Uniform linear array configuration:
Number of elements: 8
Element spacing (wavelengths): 0.25
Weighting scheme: exponential
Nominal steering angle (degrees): -45
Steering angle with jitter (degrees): -46.928
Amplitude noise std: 0.05
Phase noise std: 0.05

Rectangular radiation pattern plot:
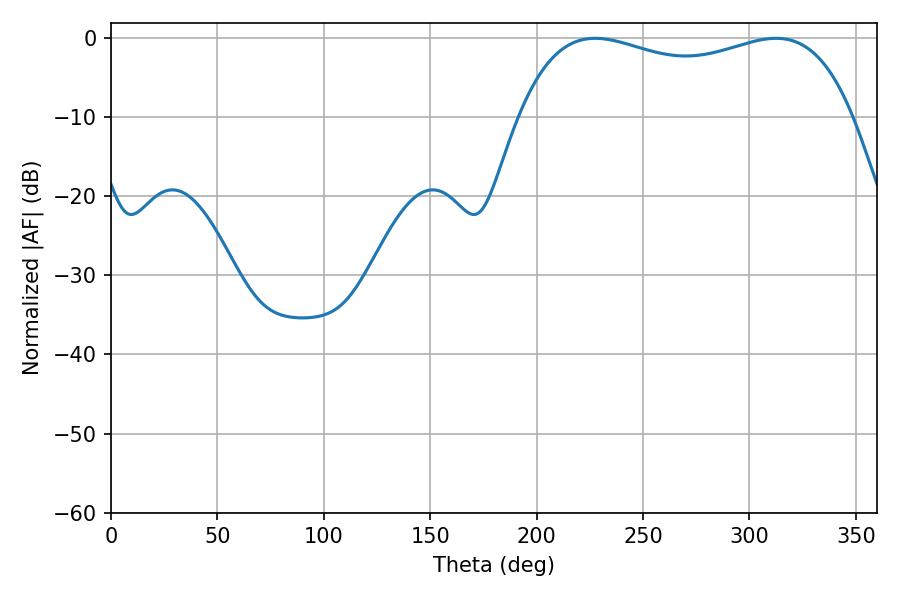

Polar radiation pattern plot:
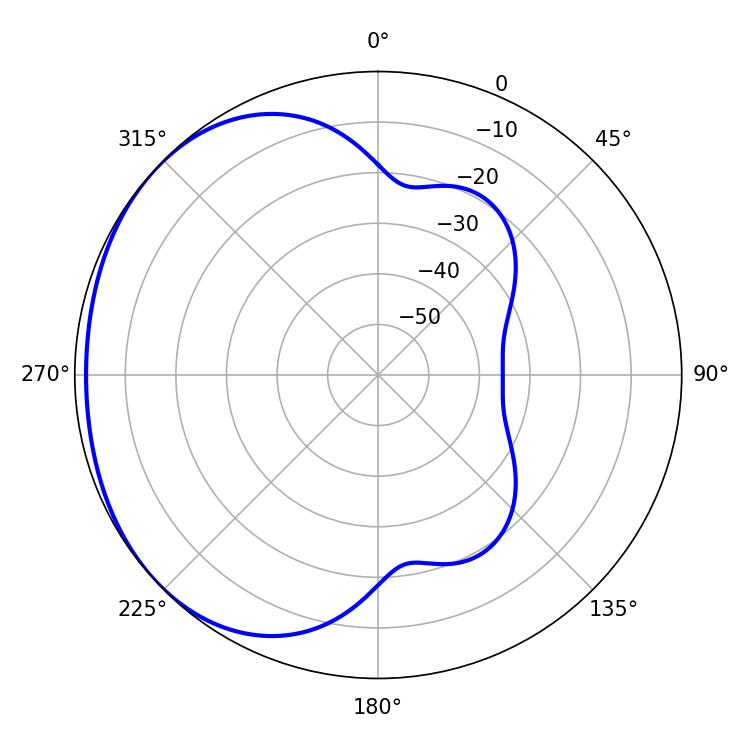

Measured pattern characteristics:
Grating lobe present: FALSE
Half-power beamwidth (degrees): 128.52
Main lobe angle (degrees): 227.52